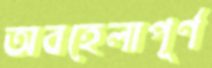
অবহেলাপূর্ণ